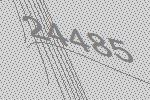
24485